Vital statistics of India. Vol. IV, Annual returns from 1871 to 1876. British Army of India, Native Army and jails of Bengal
Year: 1871
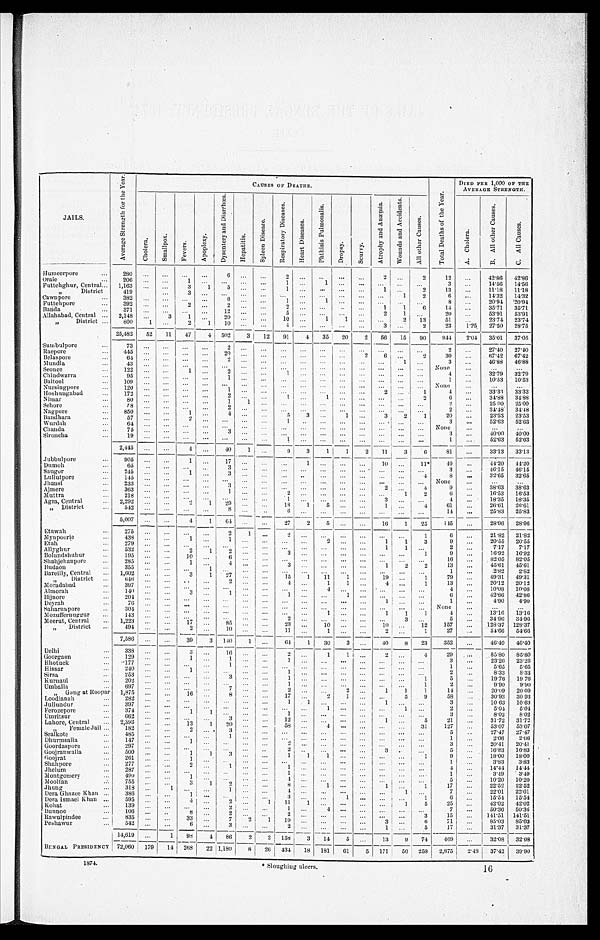
JAILS.
A v e r a g e S t r e n g t h f o r t h e Y e a r .
CAUSES OF DEATHS.
T o t a l D e a t h s o f t h e Y e a r .
DIED PER 1,000 OF THE
AVERAGE STRENGTH.
C h o l e r a .
S m a l l p o x .
F e v e r s .
A p o p l e x y .
D y s e n t e r y a n d D i a r r h œ a .
H e p a t i t i s .
S p l e e n D i s e a s e s .
R e R e s p i r a t o r y D i s e a s e s .
H e a r t D i s e a s e s .
P h t h i s i s P u l m o n a l i s .
D r o p s y .
S c u r v y .
A t r o p h y a n d A n æ m i a .
W o u n d s a n d A c c i d e n t s .
A l l o t h e r C a u s e s .
A . C h o l e r a .
B . A l l o t h e r C a u s e s .
C . A l l C a u s e s .
Humeerpore
2 8 0
6
2
2
2 12
42.86 42.86
Oraie
206
1
1
1
3
14.56
14.56
Futtehghur, Central
1,163
3
1
5
1
1
2
1 3
11.18
11.18
„ District
419
3
1
2
6
14.32 14.32
Cawnpore
3 8 2
6
1
1
8
20.94
20.94
Futtehpore
392
2
2
2
1
1
6
1 4
35.71 35.71
Banda
371
1 2
5
2
1
2 0
53.91
53.91
Allahabad, Central
2,148
3 1
20
1 0
1
1
2
13
5 1
23.74
23.74
„ District
8 0 0
1
2
1
10
4
3
2
23
1 . 2 5
27.50 28.75
25,482
52
11
47
4 502
3
12
91
4
35
20
2
56
15
90
944
2.04 35.01 37.05
Sumbulpore
7 3
2
2
27.40
2 7 . 4 0
Raepore
445
20
2
6
2
3 0
67.42
67.42
Belaspore
64
2
1
3
46.88
46.88
Mundla
43
N o n e
Seonee
122
1
2
1
4
3 2 . 7 9
3 2 . 7 9
Chindwarra
9 5
1
1
10.53
10.53
Baitool
1 0 9
N o n e
Nursingpore
1 2 0
1
2
1
4
3 3 . 3 3
3 3 . 3 3
Hoshungabad
172
2
1
1
2
6
34.88
34.88
Nimar
80
1
1
2
25.00
25.00
Sehore
5 8
2
2
34.48
34.48
Nagpore
850
1
4
5
3
1
3
2
1
2 0
23.53 23.53
Bandhara
57
2
1
3
52.63
52.63
Wurdah
6 4
N o n e
Chanda
75
3
3
4 0 . 0 0
4 0 . 0 0
Sironcha
1 9
1
1
52.63
52.63
2,445
4
40
1
9
3
1
1
2
11
3
6
81
33.13 3 3 . 1 3
Jubbulpore
905
1
1 7
1
1 0
1 1 *
40
44.20 44.20
Dumoh
6 5
3
3
46.15 46.15
Saugor
245
1
3
4
8
32.65
32.65
Lullutpore
145
N o n e
Jhansi
233
3
2
4
9
3 8 . 6 3
3 8 . 6 3
Ajmere
363
1
2
1
2
6
16.53
16.53
Muttra
218
1
3
4
18.35 18.35
Agra, Central
2,292
2
1
29
1 8 1
5
1
4
6 1
26.61
26.61
„ District
5 4 2
8
6
1 4
25.83
25.83
5,007
4
1
64
27
2
5
16
1
25
145
28.96 28.96
Etawah
275
2
1
2
1
6
21.8221.82
Mynpoorie
438
1
1
2
1
1
3
9
20.55
20.55
Etah
2 7 9
1
1
2
7.17
7.17
Allyghur
532
2
1
2
3
1
9
1 6 . 9 2
1 6 . 9 2
Bolundshuhur
195
10
6
1 6
82.05
82.05
Shahjehanpore
285
1
4
3
1
2
2
13
45.61
45.61
Budaon
355
1
1
2.82
2.82
Bareilly, Central 1,602
3
1
27
1 5
1
11
1
1 9
1
7 9
4 9 . 3 1
4 9 . 3 1
„ District
6 4 6
2
4
1
1
4
1
1 3
20.12
20.12
Moradabad
3 9 7
4
4
10.08
10.08
Almorah
140
3
1
1
1
6
42.86
42.86
B i j n o r e
2 0 4
1
1
4.90
4.90
Deyrah
76
N o n e
Saharunpore
304
1
1
1
1
4
13.1613.16
Mozuffernuggur
143
2
3
5
34.96
34.96
Meerut, Central
1,223
1 7
85
2 3
10
10
1 2
1 5 7
128.37
128.37
„ District
494
2
10
11
1
2
1
27
54.66
5 4 . 6 6
7,586
39
3 140
1
64
1
30
3
40
8
23
352
46.40
46.40
Delhi
3 3 8
3
16
2
1
1
2
4
2 9
85.80
8 5 . 8 0
Goorgaon
129
1
1
1
3
23.26
23.26
Rhotuck
1 7 7
1
1
5.65
5.65
Hissar
240
1
1
2
8 . 3 3
8 . 3 3
Sirsa
253
3
1
1
5
1 9 . 7 6
1 9 . 7 6
Kurnaul
2 0 2
1
1
2
9.90
9.90
Umballa
697
7
2
2
1
1
1
1 4
2 0 . 0 9
2 0 . 0 9
„ Gang at Roopar 1,875
1 6
8
1 7
2 1
5
9
5 8
30.93
30.93
Loodianah
282
1
1
1
3
10.63
10.63
Jullundur
397
1
1
2
5.04
5.04
Ferozepore
374
1
1
1
3
8 . 0 2
8 . 0 2
Umritsur
662
3
1 2
1
5
2 1
3 1 . 7 2
3 1 . 7 2
Lahore, Central
2,393
1 3
1
20
58
4
3 1
1 2 7
53.07
53.07
„ Female Jail
182
2
3
5
27.47
27.47
Sealkote
485
1
1
2.06
2.06
Dhurmsalla
147
1
2
3
2 0 . 4 1
2 0 . 4 1
Goordaspore
2 9 7
2
3
5
16.83
16.83
Goojranwalla
500
1
1
3
1 1
1
1
9
18.00
18.00
Goojrat
261
1
1
3.83
3.83
Shahpore
277
2
1
1
4
1 4 . 4 4
1 4 . 4 4
Jhelum
2 8 7
1
1
3.49
3.49
Montgomery
490
1
4
5
1 0 . 2 0
1 0 . 2 0
Mooltan
7 5 5
3
1
2
8
1
1
1
1 7
22.52
22.52
Jhung
318
1
1
4
1
7
22.01
22.01
Dera Ghazee Khan
386
1
3
1
1
6
15.54
15.54
Dera Ismael Khan
595
4
2
1
1 1
1
1
5
2 5
42.02
42.02
Kohat
139
2
1
4
7
50.36
50.36
Bunnoo
106
8
2
2
3
1 5
141.51
141.51
Rawulpindee
835
33
7
2
1
1 9
3
6
7 1
85.03
8 5 . 0 3
Peshawar
542
6
3
2
1
5
17
31.37
31.37
14,619
1
98
4
86
2
2 158
3
1 4
5
13
9
74
469
32.0832.08
BENGAL PRESIDENCY
72,060 179
14 268
2 2 1,180
8
26 434
18 181
6 1
5 171
50 258
2,875
2 . 4 8
37.42
39.90
1874.
* Sloughing ulcers.
16